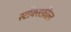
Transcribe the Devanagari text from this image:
स्टॉक्सफ़ील्ड